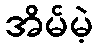
အိမ်မဲ့